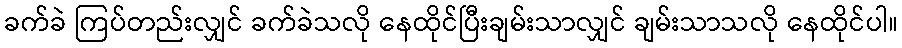
ခက်ခဲ ကြပ်တည်းလျှင် ခက်ခဲသလို နေထိုင်ပြီးချမ်းသာလျှင် ချမ်းသာသလို နေထိုင်ပါ။